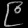
Digit: ၉